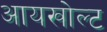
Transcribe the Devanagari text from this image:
आयखोल्ट